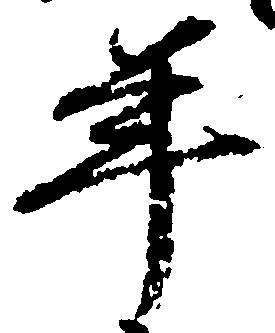
年